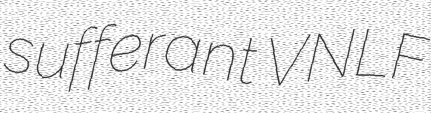
sufferant VNLF